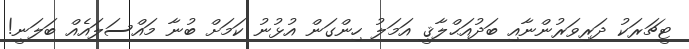
ޓީޗަރަކު ދަރިވަރުންނާއި ބަދުއަޙްލާޤީ އަމަލު ހިންގަން އުޅުނު ކަމަށް ބުނާ މައްސަލައެއް ބަލަނީ!